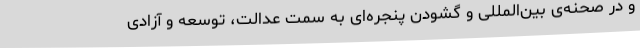
و در صحنه‌ی بین‌المللی و گشودن پنجره‌ای به سمت عدالت، توسعه و آزادی